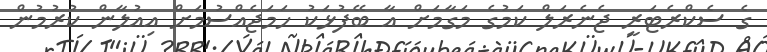
ގެ ސެކްރެޓަރީ ޖެނެރަލް ކަމުގެ މަގާމަށް އާ ބޭފުޅަކު ހަމަޖެއްސުމަށް އިއުލާން ކުރުމުން